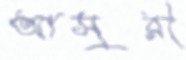
আসুরী